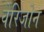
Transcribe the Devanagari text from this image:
वेरिजोन